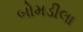
બોમડીલા